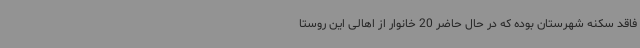
فاقد سکنه شهرستان بوده که در حال حاضر 20 خانوار از اهالی این روستا